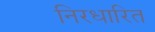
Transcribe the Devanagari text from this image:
निरधारित